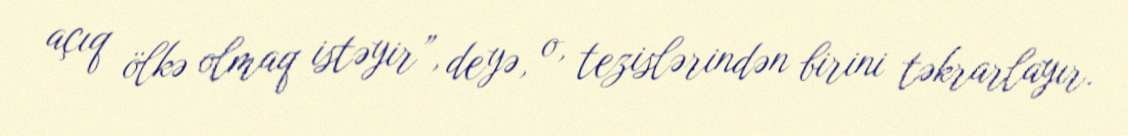
açıq ölkə olmaq istəyir”, deyə, o, tezislərindən birini təkrarlayır.